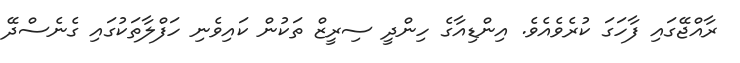
ރާއްޖޭގައި ފާހަގަ ކުރެވެއެވެ. އިންޑިއާގެ ހިންދީ ސިރީޒް ތަކުން ކައިވެނި ހަފްލާތަކުގައި ގެނެސްދޭ